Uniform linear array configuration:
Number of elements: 8
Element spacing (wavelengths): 0.25
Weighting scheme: hamming
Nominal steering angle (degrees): -30
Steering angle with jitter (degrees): -31.943
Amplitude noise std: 0.05
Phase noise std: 0.05

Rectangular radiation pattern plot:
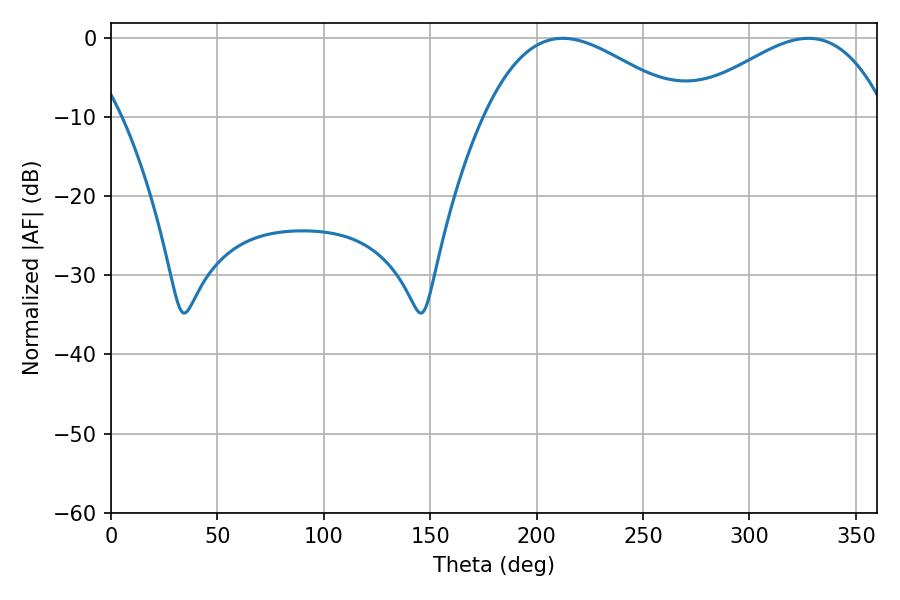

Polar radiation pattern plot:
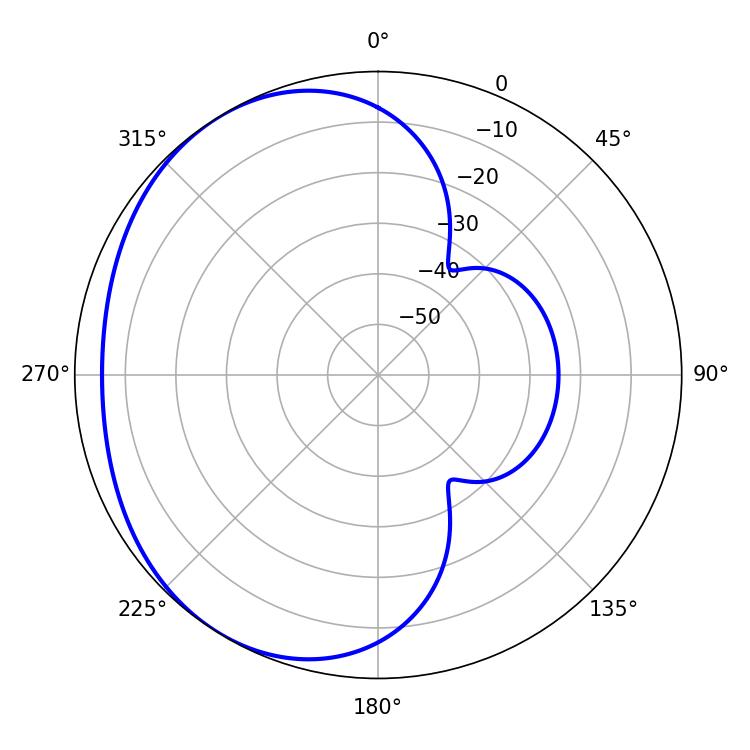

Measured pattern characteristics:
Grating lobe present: FALSE
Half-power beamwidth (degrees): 51.48
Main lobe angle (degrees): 327.78